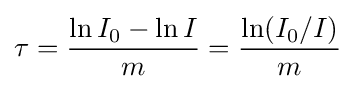
\tau ={\frac {\ln I_{0}-\ln I}{m}}={\frac {\ln(I_{0}/I)}{m}}